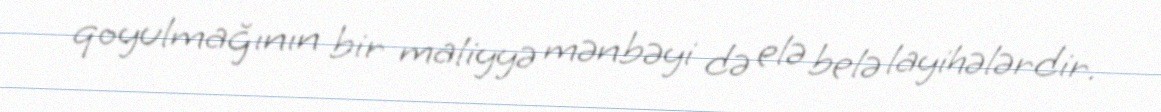
qoyulmağının bir maliyyə mənbəyi də elə belə layihələrdir.